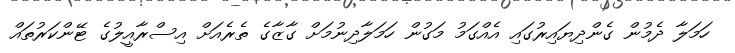
ހަމަލާ ދެމުން ގެންދިޔައިރުގައި އެއްގަމު މަގުން ހަމަލާދިނުމަށް ގާޒާގެ ތެރެއަށް އިސްރާއީލުގެ ޓޭންކަރުތައް